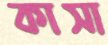
কাসা